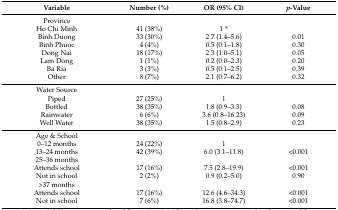
| Variable | Number (%) | OR (95% CI) | p-Value |
 | --- | --- | --- | --- |
 | Province |  |  |  |
 | Ho Chi Minh | 41 (38%) | 1 * |  |
 | Binh Duong | 33 (30%) | 2.7 (1.4–5.6) | 0.01 |
 | Binh Phuoc | 4 (4%) | 0.5 (0.1–1.8) | 0.30 |
 | Dong Nai | 18 (17%) | 2.3 (1.0–5.1) | 0.05 |
 | Lam Dong | 1 (1%) | 0.2 (0.0–2.3) | 0.20 |
 | Ba Ria | 3 (3%) | 0.5 (0.1–2.5) | 0.39 |
 | Other | 8 (7%) | 2.1 (0.7–6.2) | 0.32 |
 | Water Source |  |  |  |
 | Piped | 27 (25%) | 1 |  |
 | Bottled | 38 (35%) | 1.8 (0.9–3.3) | 0.08 |
 | Rainwater | 6 (6%) | 3.6 (0.8–16.23) | 0.09 |
 | Well Water | 38 (35%) | 1.5 (0.8–2.9) | 0.23 |
 | Age & School |  |  |  |
 | 0–12 months | 24 (22%) | 1 |  |
 | 13–24 months | 42 (39%) | 6.0 (3.1–11.8) | <0.001 |
 | 25–36 months |  |  |  |
 | Attends school | 17 (16%) | 7.5 (2.8–19.9) | <0.001 |
 | Not in school | 2 (2%) | 0.9 (0.2–5.0) | 0.90 |
 | >37 months |  |  |  |
 | Attends school | 17 (16%) | 12.6 (4.6–34.3) | <0.001 |
 | Not in school | 7 (6%) | 16.8 (3.8–74.7) | <0.001 |